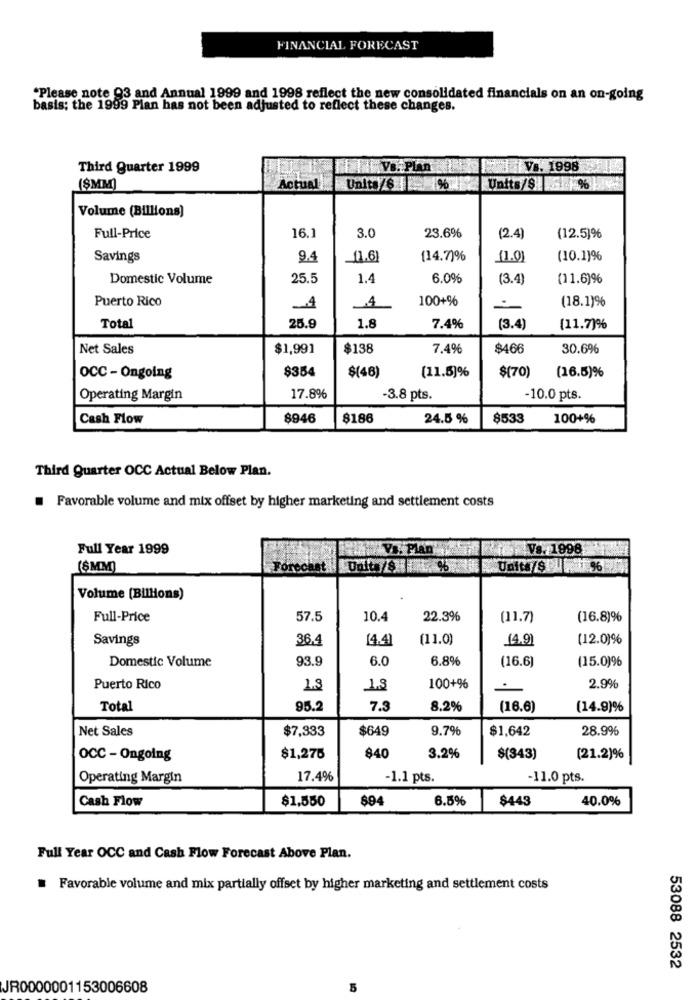
FINANCIAL FORECAST
"Please note 93 and Annual 1999 and 1998 reflect the new consolidated financials on an on-going
basis; the 1999 Plan has not been adjusted to reflect these changes.
Third Quarter 1999
V8. 1998
(SMM)
Actual
Unit:/8 | %
Units/$%
Volume (Billions)
16.1
3.0
23.6%
Full-Price
(2.4)
(12.5)%
Savings
9.4
[14.7)%
(1.0)
(10.1)96
Domestic Volume
25.5
1.4
6.0%
(3.4)
(11.6)%
Puerto Rico
100+%
(18.1)%
=
Total
25.9
1.8
7.4%
(3.4)
(11.7)%
Net Sales
$1,991
$138
7.4%
$466
30.6%
$354
$(70)
OCC - Ongoing
$(48)
(11.5)%
(16.5)%
Operating Margin
17.8%
-3.8 pts.
-10.0 pts.
Cash Flow
8946
8186
24.5 %
$533
100+%
Third Quarter OCC Actual Below Plan.
Favorable volume and mix offset by higher marketing and settlement costs
Full Year 1999
Vs. Plan
Vs. 1998
(8MM)
Forecast |Unit./$ %
Unita/s all 96
Volume (Billions)
Full-Price
57.5
10.4
22.3%
(11.7)
(16.8)%
Savings
36,4
14.41
(11.0)
(4.9)
(12.0)%
Domestic Volume
93.9
6.0
6.8%
(16.6)
(15.0)96
Puerto Rico
1.3
100+%
2.9%
Total
95.2
7.3
8.2%
(16.6)
(14.9)%
Net Sales
$7,333
$649
9.7%
$1,642
28.9%
OCC - Ongoing
$1,275
$40
3.2%
$(343)
(21.2)%
Operating Margin
17.4%
-1.1 pts.
-11.0 pts.
Cash Flow
$1,550
894
6.5%
$443
40.0%
Full Year OCC and Cash Flow Forecast Above Plan.
Favorable volume and mix partially offset by higher marketing and settlement costs
53088 2532
JR0000001153006608